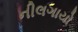
નીલગાયો